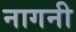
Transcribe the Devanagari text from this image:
नागनी